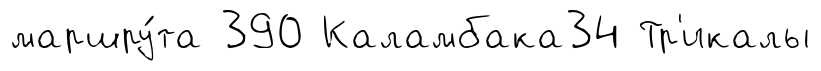
маршру́та 390 Каламбака34 Тр'икалы